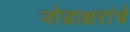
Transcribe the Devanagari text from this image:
जोडाक्षरांचे